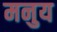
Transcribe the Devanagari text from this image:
मनुय